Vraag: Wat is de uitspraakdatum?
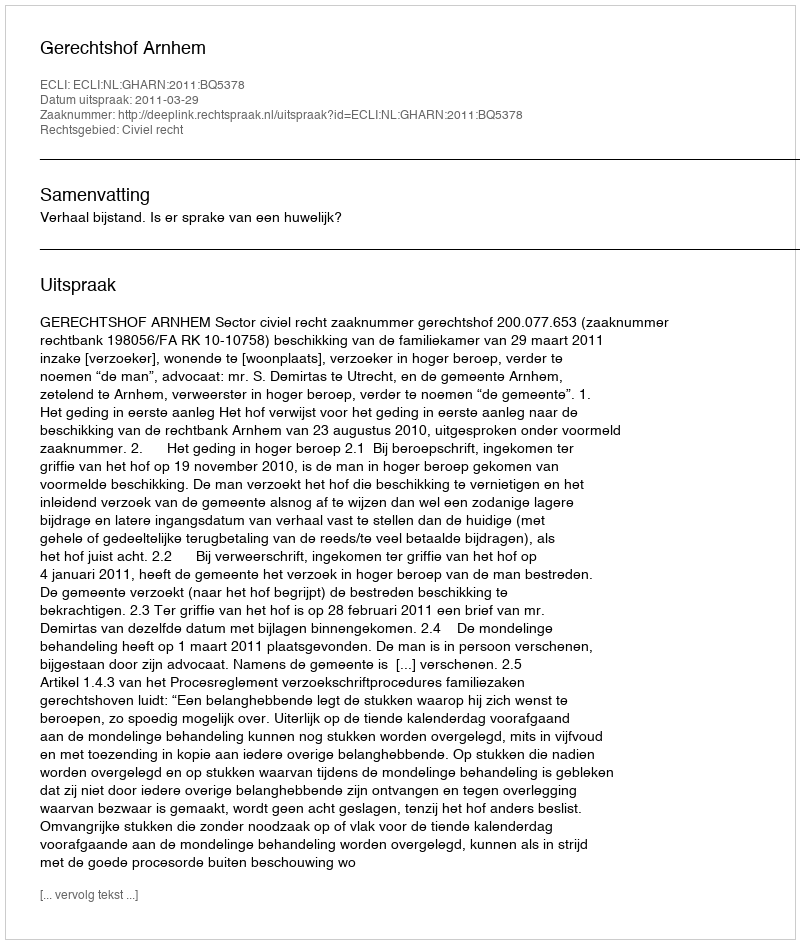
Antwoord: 2011-03-29